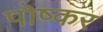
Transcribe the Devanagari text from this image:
पोष्कर